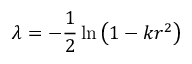
\lambda = - { \frac { 1 } { 2 } } \ln \left( 1 - k r ^ { 2 } \right)